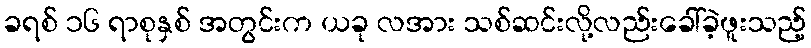
ခရစ် ၁၆ ရာစုနှစ် အတွင်းက ယခု လအား သစ်ဆင်းလို့လည်းခေါ်ခဲ့ဖူးသည့်